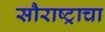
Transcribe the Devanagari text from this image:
सौराष्ट्राचा